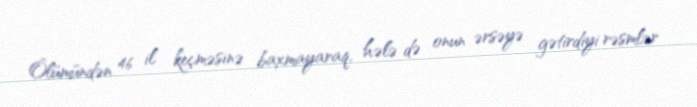
Ölümündən 46 il keçməsinə baxmayaraq, hələ də onun ərsəyə gətirdiyi rəsmlər